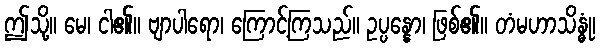
ဤသို့။ မေ၊ ငါ၏။ ဗျာပါရော၊ ကြောင့်ကြသည်။ ဥပ္ပန္နော၊ ဖြစ်၏။ တံမဟာသိန္ဓုံ၊